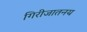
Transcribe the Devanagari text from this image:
गिरीजातनय